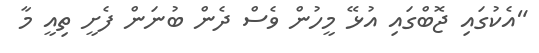
"އެކުގައި ޖޮބްގައި އުޅޭ މީހުން ވެސް ދެން ބުނަން ފެށީ ތިއީ މާ